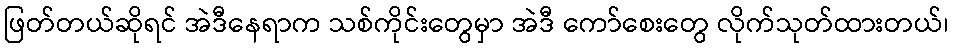
ဖြတ်တယ်ဆိုရင် အဲဒီနေရာက သစ်ကိုင်းတွေမှာ အဲဒီ ကော်စေးတွေ လိုက်သုတ်ထားတယ်၊